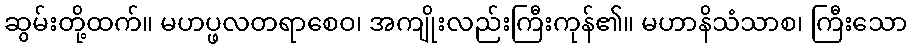
ဆွမ်းတို့ထက်။ မဟပ္ဖလတရာစေဝ၊ အကျိုးလည်းကြီးကုန်၏။ မဟာနိသံသာစ၊ ကြီးသော